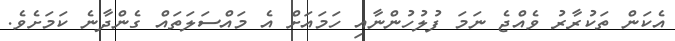
އެކަން ތަކުރާރު ވެއްޖެ ނަމަ ފުލުހުންނާއި ހަމައަށް އެ މައްސަލަތައް ގެންދާނެ ކަަމަށެވެ.